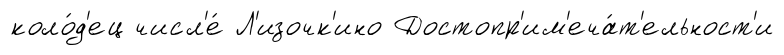
коло́д'ец числ'е́ Л'изочк'ино Достопр'им'еча́т'ельност'и